King Institute of Preventive Medicine Micro-Biological Section reports 1912-19
Year: 1912
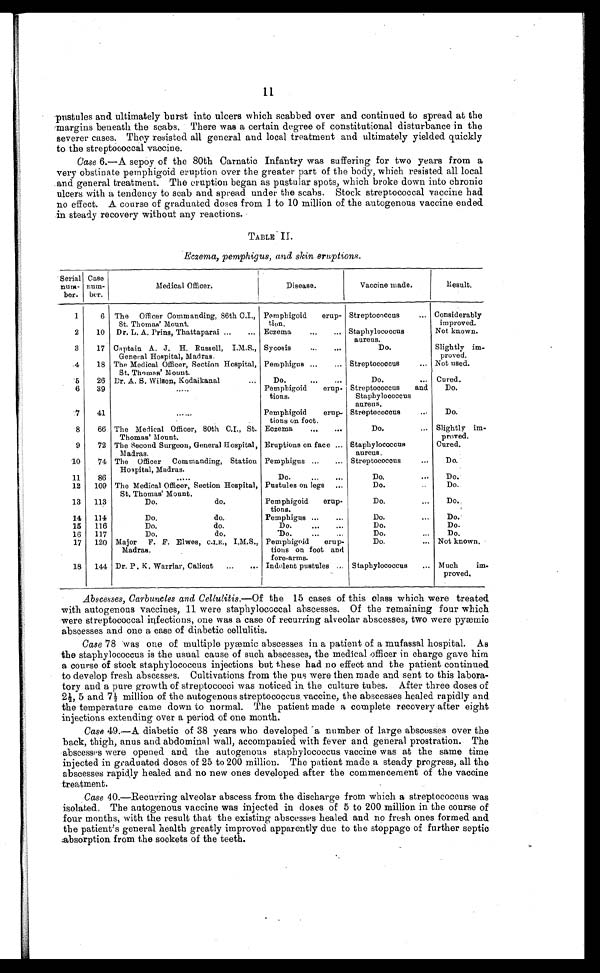
11
pustules and ultimately burst into ulcers which scabbed over and continued to spread at the
margins beneath the scabs. There was a certain degree of constitutional disturbance in the
severer cases. They resisted all general and local treatment and ultimately yielded quickly
to the streptococcal vaccine.
Case 6.—A sepoy of the 80th Carnatic Infantry was suffering for two years from a
very obstinate pemphigoid eruption over the greater part of the body, which resisted all local
and general treatment. The eruption began as pustular spots, which broke down into chronic
ulcers with a tendency to scab and spread under the scabs. Stock streptococcal vaccine had
no effect. A course of graduated doses from 1 to 10 million of the autogenous vaccine ended
in steady recovery without any reactions.
TABLE II.
Eczema, pemphigus, and skin eruptions.
Serial
num-
ber.
Case
num-
ber.
Medical Officer.
Disease.
Vaccine made.
Result.
1
6
The Officer Commanding, 86th C.I.,
St. Thomas' Mount.
Pemphigoid erup-
tion.
Streptococcus . . . Considerably
improved.
2
10
Dr. L. A. Prins, Thattaparai . . .
Eczema . . . Staphylococcus
aureus.
Not known.
3
17
Captain A. J. H. Russell, I.M.S.,
General Hospital, Madras.
Sycosis . . .
Slightly im-
proved.
Do.
4
18
The Medical Officer, Section Hospital,
St. Thomas' Mount.
Pemphigus . . . Streptococcus . . . Not used.
5
26
Dr. A. S. Wilson, Kodaikanal
Do. . . .
Do. . . . Cured.
Streptococcus and
Staphylococcus
aureus.
6
39
. . .
Pemphigoid erup-
tions.
Do.
7
41
. . .
Pemphigoid erup-
tions on foot.
Do.
Streptococcus . . .
8
66
The Medical Officer, 80th C.I., St.
Thomas' Mount.
Eczema . . .
Do. . . . Slightly im-
proved.
9
72
The Second Surgeon, General Hospital,
Madras.
Eruptions on face . . . Staphylococcus
aureus.
Cured.
10
74 The Officer Commanding, Station
Hospital, Madras.
Pemphigus . . . Streptococcus . . .
Do.
11
86
Do. . . .
Do. . . .
Do.
. . .
12
109 The Medical Officer, Section Hospital,
St. Thomas' Mount.
Pustules on legs
Do. . . .
Do.
13
113
Do.
do.
Pemphigoid erup-
tions.
Do. . . .
Do.
14
114
Do.
do.
Pemphigus . . .
Do. . . .
Do.
15
116
Do.
do.
Do. . . .
Do.
Do.
16
117
Do.
do.
Do. . . .
Do.
17
120
Major F. F. Elwes, C.I.E., I.M.S.,
Madras.
Pemphigoid erup-
tions on foot and
fore-arms.
Do. . . . Not known.
18
144 Dr. P. K. Warriar, Calicut . . .
Indolent pustules . . . Staphylococcus . . . Much im-
proved.
Abscesses, Carbuncles and Cellulitis.— Of the 15 cases of this class which were treated
with autogenous vaccines, 11 were staphylococcal abscesses. Of the remaining four which
were streptococcal infections, one was a case of recurring alveolar abscesses, two were pyæmic
abscesses and one a case of diabetic cellulitis.
Case 78 was one of multiple pyæmic abscesses in a patient of a mufassal hospital. As
the staphylococcus is the usual cause of such abscesses, the medical officer in charge gave him
a course of stock staphylococcus injections but these had no effect and the patient continued
to develop fresh abscesses. Cultivations from the pus were then made and sent to this labora--
tory and a pure growth of streptococci was noticed in the culture tubes. After three doses of
2½, 5 and 7½ million of the autogenous streptococcus, vaccine, the abscesses healed rapidly and
the temperature came down to normal. The patient made a complete recovery after eight
injections extending over a period of one month.
Case 49.—A diabetic of 38 years who developed a number of large abscesses over the
back, thigh, anus and abdominal wall, accompanied with fever and general prostration. The
abscesses were opened and the autogenous staphylococcus vaccine was at the same time
injected in graduated doses of 25 to 200 million. The patient made a steady progress, all the
abscesses rapidly healed and no new ones developed after the commencement of the vaccine
treatment.
Case 40.—Recurring alveolar abscess from the discharge from which a streptococcus was
isolated. The autogenous vaccine was injected in doses of 5 to 200 million in the course of
four months, with the result that the existing abscesses healed and no fresh ones formed and
the patient's general health greatly improved apparently due to the stoppage of further septic
absorption from the sockets of the teeth.